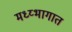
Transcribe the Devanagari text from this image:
मध्य्भागात